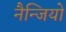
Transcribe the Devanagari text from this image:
नैन्जियो